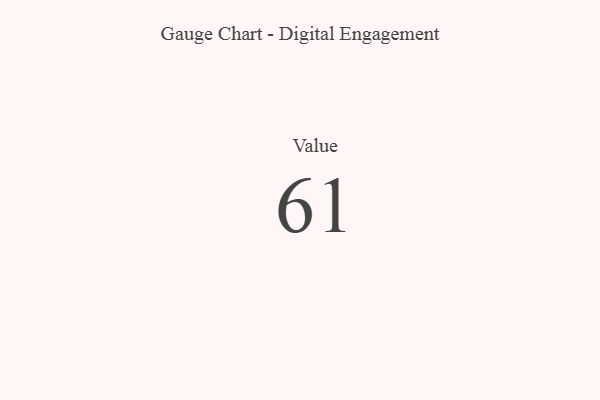
{"axis": {"x": "Metric", "y": "Value"}, "legend": [""], "data": [{"x": "Value", "y": 61, "type": ""}]}